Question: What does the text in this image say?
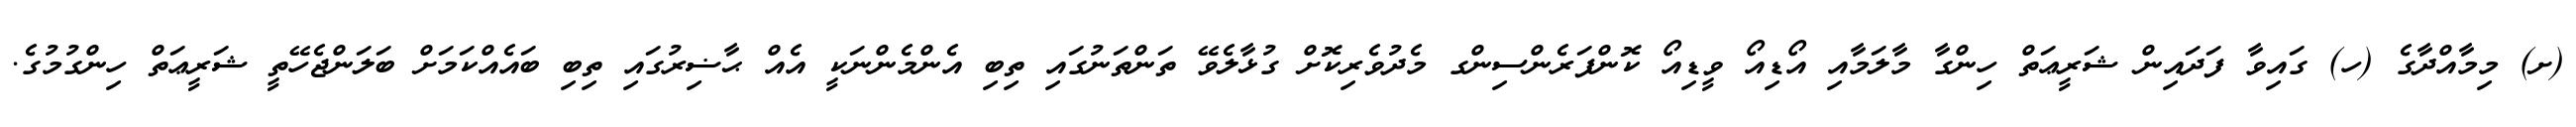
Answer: (ށ) މިމާއްދާގެ (ހ) ގައިވާ ފަދައިން ޝަރީޢަތް ހިންގާ މާލަމާއި އޯޑިއޯ ވީޑިއޯ ކޮންފަރެންސިންގ މެދުވެރިކޮށް ގުޅާލެވޭ ތަންތަނުގައި ތިބި އެންމެންނަކީ އެއް ޙާޟިރުގައި ތިބި ބައެއްކަމަށް ބަލަންޖެހޭތީ ޝަރީޢަތް ހިންގުމުގެ.